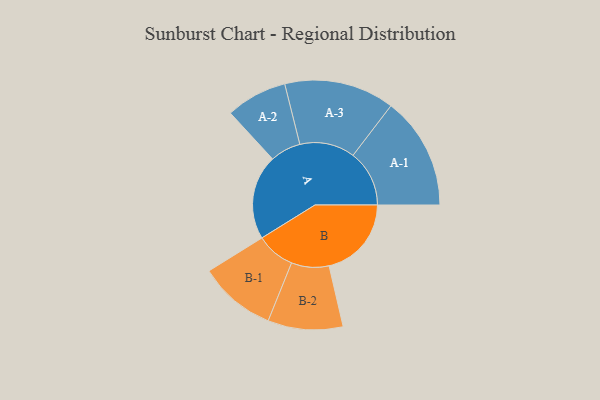
{"axis": {"x": "Segment", "y": "Value"}, "legend": ["", "A", "B"], "data": [{"x": "A", "y": 429, "type": ""}, {"x": "B", "y": 417, "type": ""}, {"x": "A-1", "y": 285, "type": "A"}, {"x": "A-2", "y": 155, "type": "A"}, {"x": "A-3", "y": 279, "type": "A"}, {"x": "B-1", "y": 196, "type": "B"}, {"x": "B-2", "y": 190, "type": "B"}]}